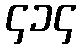
၄၁၄